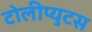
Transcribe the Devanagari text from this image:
टोलीप्युटस